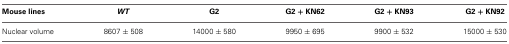
<table><thead><tr><td><b>Mouse lines</b></td><td><b><i>WT</i></b></td><td><b>G2</b></td><td><b>G2 + KN62</b></td><td><b>G2 + KN93</b></td><td><b>G2 + KN92</b></td></tr></thead><tbody><tr><td>Nuclear volume</td><td>8607 ± 508</td><td>14000 ± 580</td><td>9950 ± 695</td><td>9900 ± 532</td><td>15000 ± 530</td></tr></tbody></table>